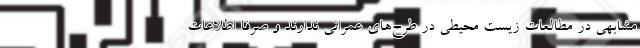
مشابهي در مطالعات زیست محیطی در طرح‌های عمرانی ندارند و صرفاً اطلاعات